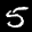
Label: 5